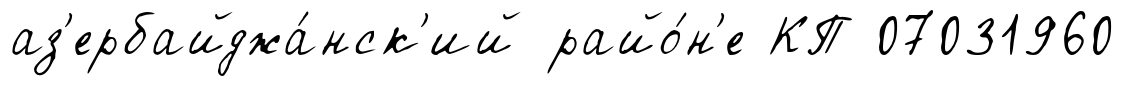
аз'ербайджа́нск'ий райо́н'е КП 07031960